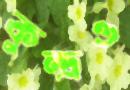
কুন্দ্রও